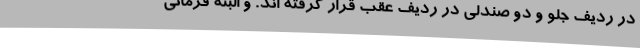
در ردیف جلو و دو صندلی در ردیف عقب قرار گرفته اند. و البته فرمانی